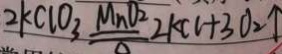
2 k C l O _ { 3 } \xrightarrow [ \Delta ] { M n O _ { 2 } } 2 k C l + 3 O _ { 2 } \uparrow